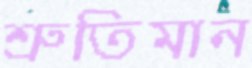
শ্রুতিমান